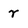
Character: r